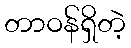
တာဝန်ရှိတဲ့